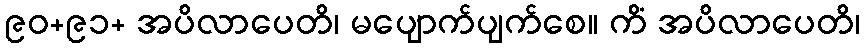
၉၀+၉၁+ အပိလာပေတိ၊ မပျောက်ပျက်စေ။ ကိံ အပိလာပေတိ၊